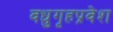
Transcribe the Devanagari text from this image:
वधुगृहप्रवेश